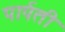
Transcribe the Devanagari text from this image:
पार्पती